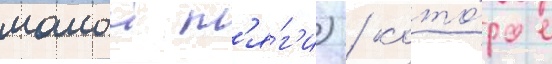
малои т'я́г'и) / кото́рое